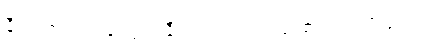
နီဝရဏပ္ပဟာနဝဂ္ဂ။ ။နီဝရဏကင်းခြင်း၏ အကျိုးများ၊